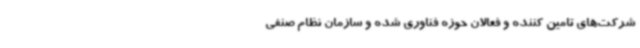
شرکت‌های تامین کننده و فعالان حوزه فناوری شده و سازمان نظام صنفی